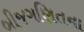
બીજગણિતના